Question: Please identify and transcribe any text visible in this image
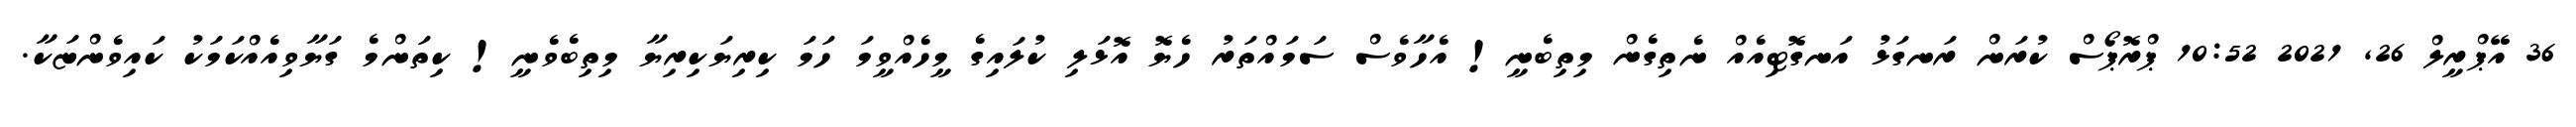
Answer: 36 އޭޕްރީލް 26, 2021 10:52 ޕްރޮޕޯސް ކުރަން ރަނގަޅު އަނގޮޓިއެއް ނެތިގެން މިތިބެނީ! އެހާވެސް ސަމައްތަރު ހެޔޮ އޮޅަލި ކުލައިގެ މީހެއްވީމަ ހަމަ ކިރިޔަކިރިޔާ މިތިބެވެނީ! ކިތަންމެ ގަޔާވިއެއްކަމަކު ކައިވެންޏަކާ.